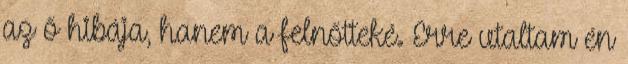
az ő hibája, hanem a felnőtteké. Erre utaltam én